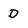
Character: D